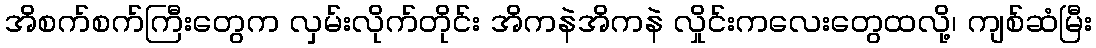
အိစက်စက်ကြီးတွေက လှမ်းလိုက်တိုင်း အိကနဲအိကနဲ လှိုင်းကလေးတွေထလို့၊ ကျစ်ဆံမြီး